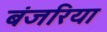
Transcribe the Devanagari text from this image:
बंजरिया